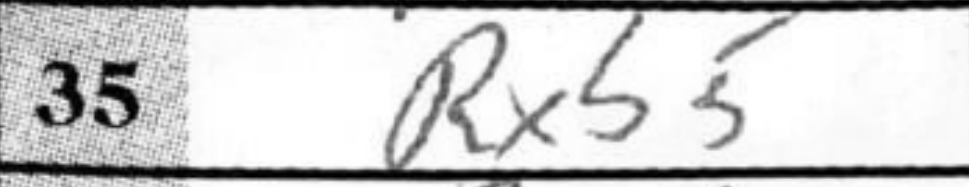
Transcription: Rxb5